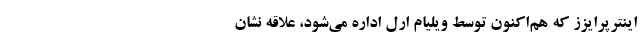
اینترپرایزز که هم‌اکنون توسط ویلیام ارل اداره می‌شود، علاقه نشان